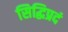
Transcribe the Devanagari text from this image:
सिद्धिप्रदं